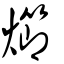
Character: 㸅